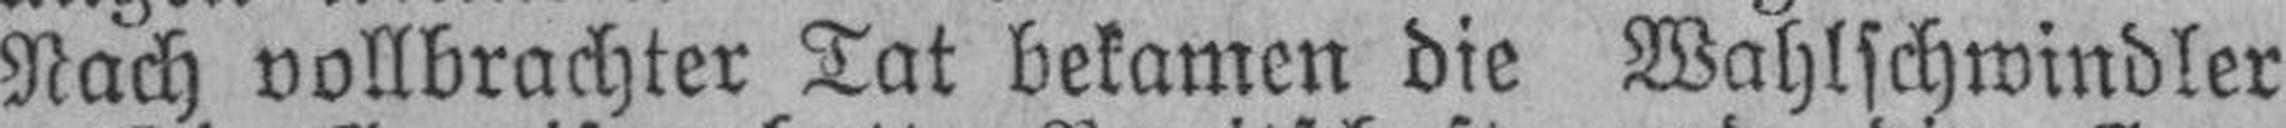
Nach vollbrachter Tat bekamen die Wahlschwindler